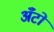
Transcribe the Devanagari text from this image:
अँटो